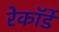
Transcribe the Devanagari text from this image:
रेकॉर्डे